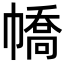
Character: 𢄹